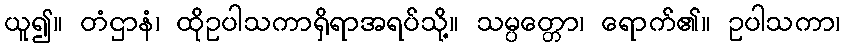
ယူ၍။ တံဌာနံ၊ ထိုဥပါသကာရှိရာအရပ်သို့။ သမ္ပတ္တော၊ ရောက်၏။ ဥပါသကာ၊